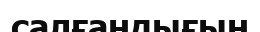
салғандығын